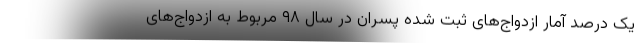
یک درصد آمار ازدواج‌های ثبت شده پسران در سال ۹۸ مربوط به ازدواج‌های